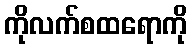
ကိုလက်စထရောကို